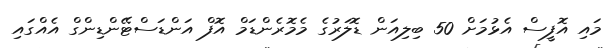
މައި އޮފީސް އެޅުމަށް 50 ބިލިއަން ޑޮލަރުގެ މެމޮރެންޑަމް އޮފް އަންޑަސްޓޭންޑިންގް އެއްގައި